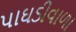
પાઘડીવાળા